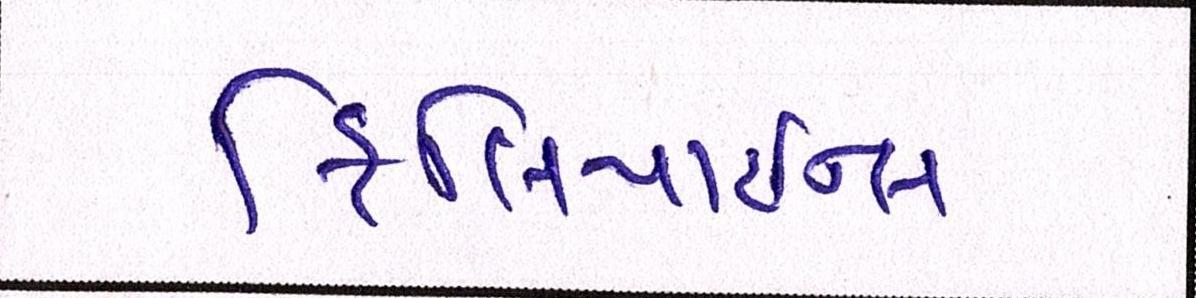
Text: ફિલિપાઇન્સ